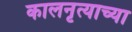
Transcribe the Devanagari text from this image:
कालनृत्याच्या